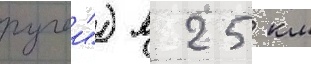
ручеи") в 25 км